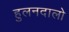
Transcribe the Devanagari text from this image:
हुलनदालो